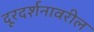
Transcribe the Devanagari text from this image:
दूरदर्शनावरील